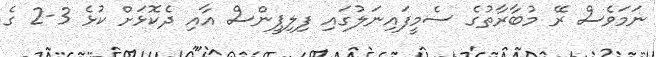
ނަމަވެސް ރޭ މުބާރާތުގެ ސެމީފައިނަލުގައި ފިލިޕީންސް އާއި ދެކޮޅަށް ކުޅެ 3-2 ގެ